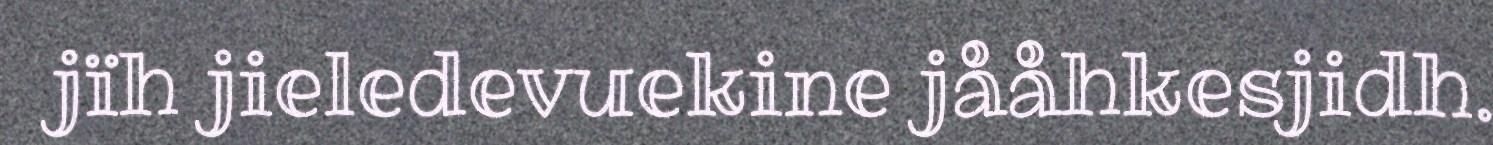
jïh jieledevuekine jååhkesjidh.